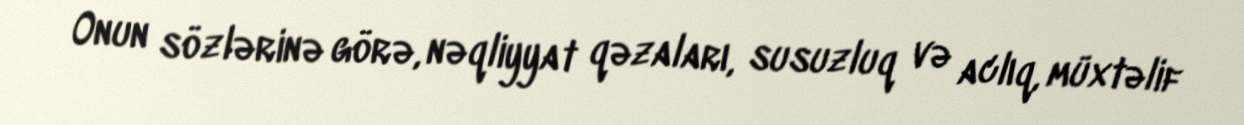
Onun sözlərinə görə, nəqliyyat qəzaları, susuzluq və aclıq, müxtəlif